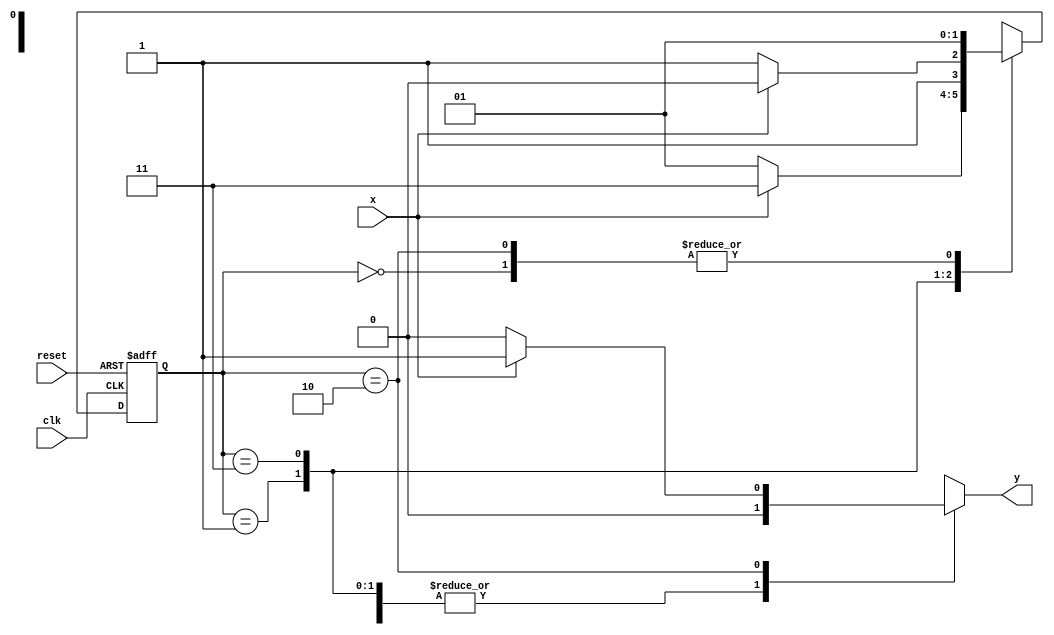
// Exemplo0055 - EXTRA
// Aluno: rsula Rosa Monteiro de Castro

//-----------
//--Mealy FSM
//-----------

//constant definitions
`define found 1
`define notfound 0

//FSM by Mealy
module mealyx111(y, x, clk, reset);

output y;
input x;
input clk;
input reset;

reg y;

parameter //state identifiers
start = 2'b00,
id1 = 2'b01,
id011=2'b11,
id110=2'b10;


reg[1:0]E1;//current state variables
reg[1:0]E2;//next stat logic output

//next state logic
always @(x or E1)
begin
	y = `notfound;
case(E1)
	start:
		if(x)
			E2 = id1;
		else
			E2 = id1;
id1:
	if(x)
		E2 = id011;
	else
		E2 =	id1;
id011:
	if(x)
		E2 = id110;
	else
		E2 = id011;	
id110:
	if(x)
		begin
			E2 = id1;
			y = `found;
	   end
else
	begin
		E2 = id1;
		y = `notfound;
	end
default:  //undefined state
	E2 = 2'bxx;
endcase

end // always at signal or state changing

//state variables
always @(posedge clk or negedge reset)
begin
if(reset)
E1 = E2; //updates current state
else
E1 = 0; //reset

end // always at signal changing

endmodule // mealyx111